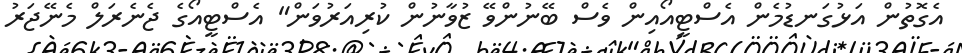
އެގޮތުން އަޅުގަނޑުމެން އެސްޓީއޯއިން ވެސް ބޭނުންވޭ ޒުވާނުން ކުރިއަރުވަން" އެސްޓީއޯގެ ޖެނެރަލް މެނޭޖަރު